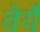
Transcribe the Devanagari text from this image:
वेर्ये